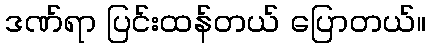
ဒဏ်ရာ ပြင်းထန်တယ် ပြောတယ်။